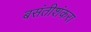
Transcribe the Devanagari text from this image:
बसंतीशंकरा